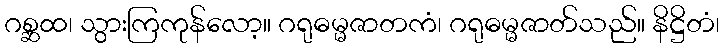
ဂစ္ဆထ၊ သွားကြကုန်လော့။ ဂရုဓမ္မဇာတကံ၊ ဂရုဓမ္မဇာတ်သည်။ နိဋ္ဌိတံ၊